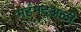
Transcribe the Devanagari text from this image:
महंमदअली